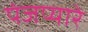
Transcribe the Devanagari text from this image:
पंजप्यारे